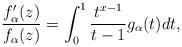
LaTeX: \begin{align*}\frac{f^\prime_\alpha(z)}{f_\alpha(z)}=\int_0^1\frac{t^{x-1}}{t-1}g_\alpha(t)dt,\end{align*}